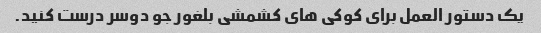
یک دستور العمل برای کوکی های کشمشی بلغور جو دوسر درست کنید.